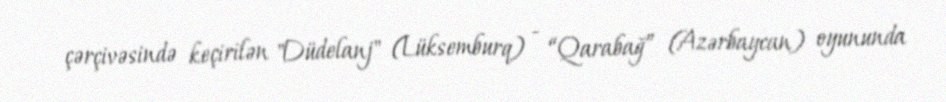
çərçivəsində keçirilən "Düdelanj" (Lüksemburq) - “Qarabağ” (Azərbaycan) oyununda